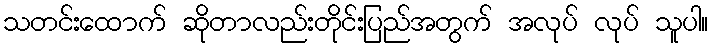
သတင်းထောက် ဆိုတာလည်းတိုင်းပြည်အတွက် အလုပ် လုပ် သူပါ။